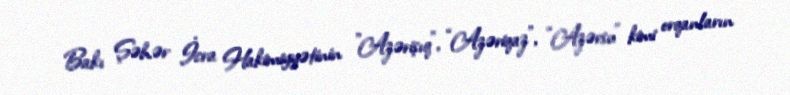
Bakı Şəhər İcra Hakimiyyətinin ”Azərişıq", “Azəriqaz”, “Azərsu” kimi orqanların